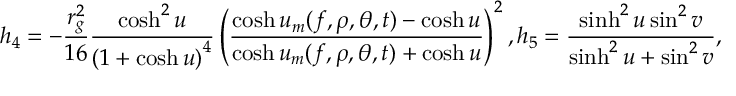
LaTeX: h _ { 4 } = - \frac { r _ { g } ^ { 2 } } { 1 6 } \frac { \cosh ^ { 2 } u } { \left( 1 + \cosh u \right) ^ { 4 } } \left( \frac { \cosh u _ { m } ( f , \rho , \theta , t ) - \cosh u } { \cosh u _ { m } ( f , \rho , \theta , t ) + \cosh u } \right) ^ { 2 } , h _ { 5 } = \frac { \sinh ^ { 2 } u \sin ^ { 2 } v } { \sinh ^ { 2 } u + \sin ^ { 2 } v } ,